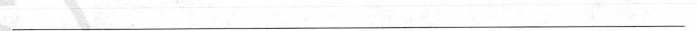
___